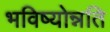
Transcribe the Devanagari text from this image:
भविष्योन्नति